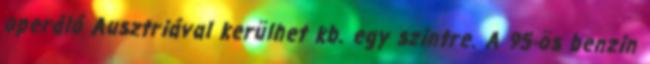
operáló Ausztriával kerülhet kb. egy szintre. A 95-ös benzin